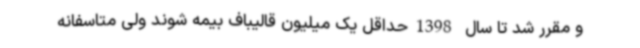
و مقرر شد تا سال 1398حداقل یک میلیون قالیباف بیمه شوند ولی متاسفانه